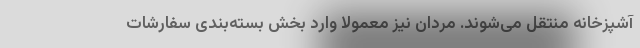
آشپزخانه منتقل می‌شوند. مردان نیز معمولا وارد بخش بسته‌بندی سفارشات